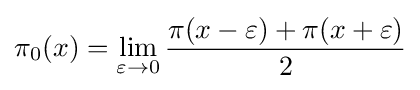
\pi _{0}(x)=\lim _{\varepsilon \to 0}{\frac {\pi (x-\varepsilon )+\pi (x+\varepsilon )}{2}}